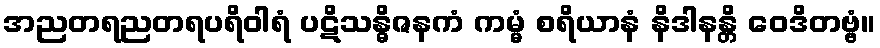
အညတရညတရပရိဝါရံ ပဋိသန္ဓိဇနကံ ကမ္မံ စရိယာနံ နိဒါနန္တိ ဝေဒိတဗ္ဗံ။